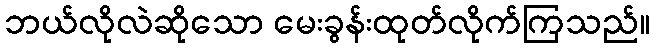
ဘယ်လိုလဲဆိုသော မေးခွန်းထုတ်လိုက်ကြသည်။